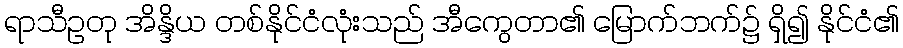
ရာသီဥတု အိန္ဒိယ တစ်နိုင်ငံလုံးသည် အီကွေတာ၏ မြောက်ဘက်၌ ရှိ၍ နိုင်ငံ၏